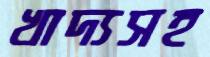
খাদ্যসহ